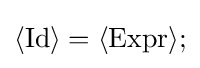
\langle {\text{Id}}\rangle =\langle {\text{Expr}}\rangle ;